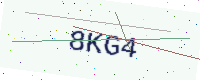
Text: 8KG4